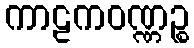
ကာဠကဝဏ္ဏဉ္စ